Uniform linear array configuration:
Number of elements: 32
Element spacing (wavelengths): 1
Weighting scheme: exponential
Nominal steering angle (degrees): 45
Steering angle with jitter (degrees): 44.844
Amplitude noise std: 0.05
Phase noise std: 0.05

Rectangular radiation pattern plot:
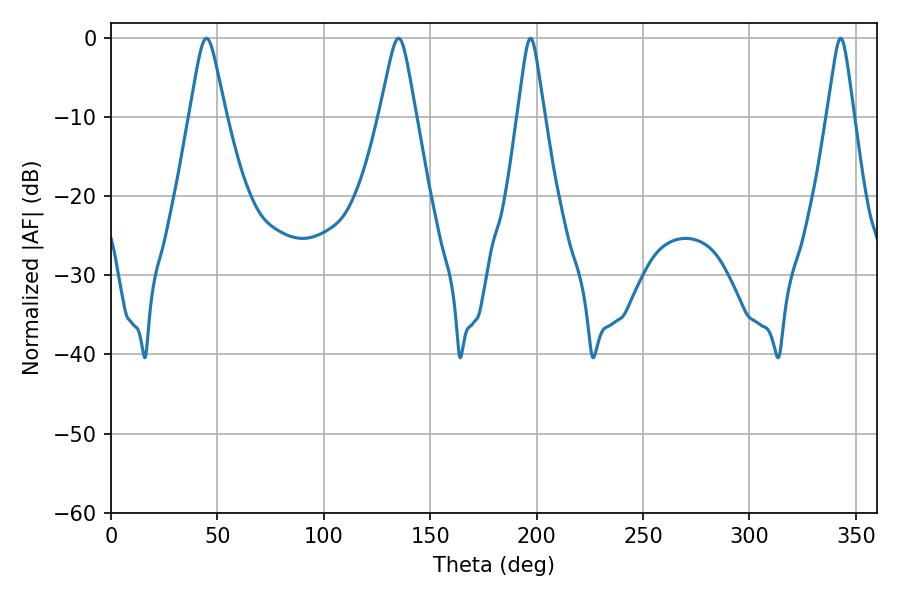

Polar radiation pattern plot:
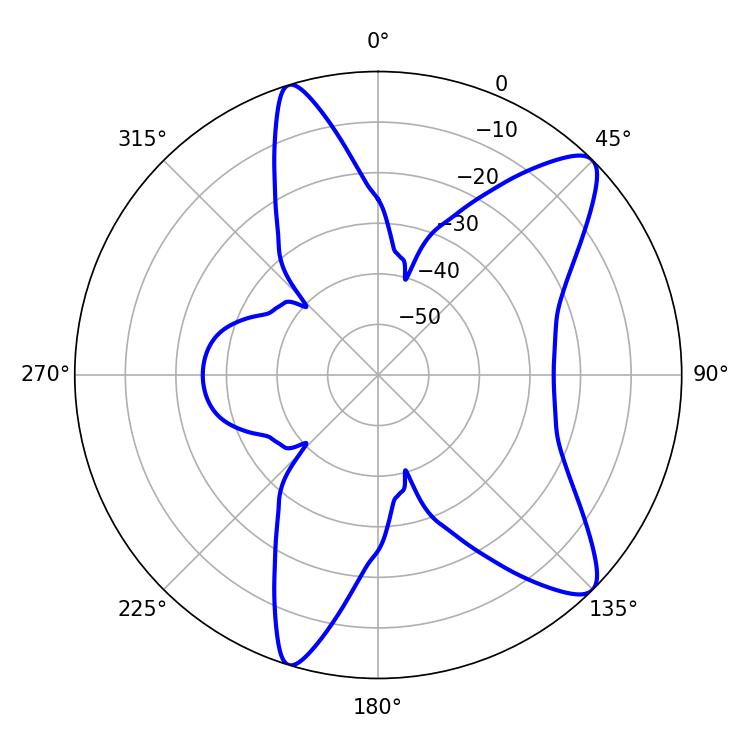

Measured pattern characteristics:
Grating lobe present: TRUE
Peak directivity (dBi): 10.708
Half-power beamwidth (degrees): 7.92
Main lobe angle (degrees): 44.82